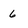
Character: 6